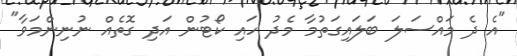
"އެ ދެ މައްސަލަ ބަލައިގަތުމާ މެދު ހައި ކޯޓުން އަދި ގޮތެއް ނުނިންމަވާ"